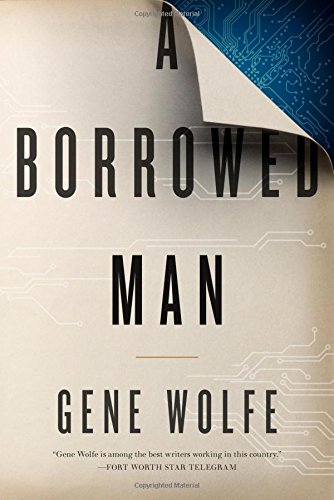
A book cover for A Borrowed Man; Gene Wolfe; Science Fiction & Fantasy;